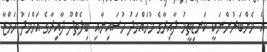
އެ މެންބަރުންނަކީ ކަނޑިތީމު ދާއިރާގެ މުހައްމަދު ހުސައިނާއި ބިލެތްދޫ ދާއިރާގެ އަހްމަދު ހަމްޒާ